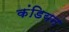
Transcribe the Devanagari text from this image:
कंडियन